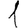
Digit: 1